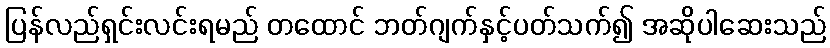
ပြန်လည်ရှင်းလင်းရမည် တထောင် ဘတ်ဂျက်နှင့်ပတ်သက်၍ အဆိုပါဆေးသည်